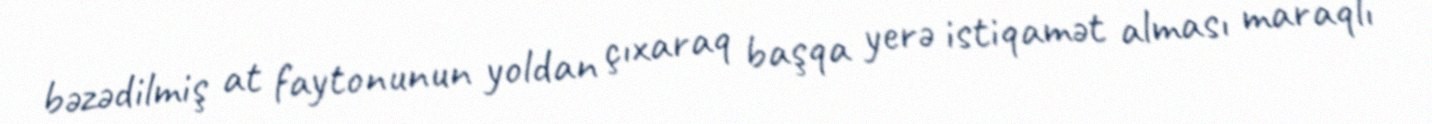
bəzədilmiş at faytonunun yoldan çıxaraq başqa yerə istiqamət alması maraqlı